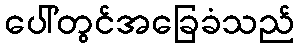
ပေါ်တွင်အခြေခံသည်